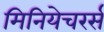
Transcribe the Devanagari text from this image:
मिनियेचरर्स